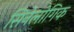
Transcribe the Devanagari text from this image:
सिनेलोगिक